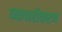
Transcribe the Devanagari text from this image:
व्‍यापारीकरण